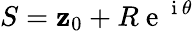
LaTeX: S=\mathbf{z}_{0}+R\mathrm{{~e~}}^{\mathrm{{~i~}}\theta}